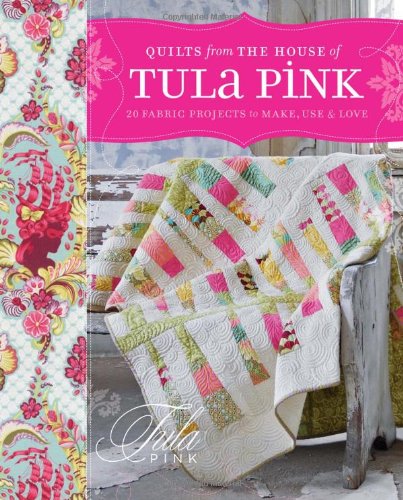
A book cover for Quilts from the House of Tula Pink: 20 Fabric Projects to Make, Use and Love; Tula Pink; Crafts, Hobbies & Home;